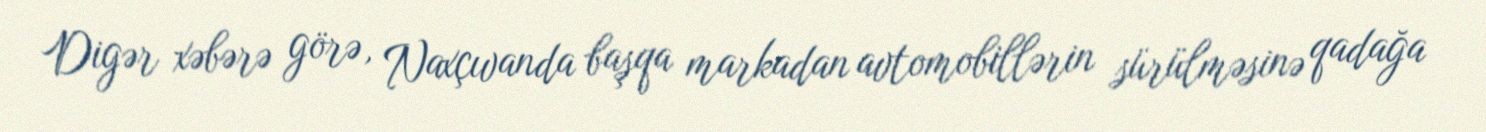
Digər xəbərə görə, Naxçıvanda başqa markadan avtomobillərin sürülməsinə qadağa